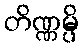
တိဏ္ဏမ္ပိ